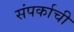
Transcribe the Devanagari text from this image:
संपर्काची